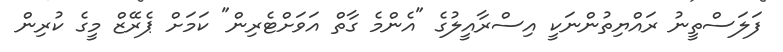
ފަލަސްތީނު ރައްޔިތުންނަކީ އިސްރާއީލުގެ "އެންމެ ގާތް އަވަށްޓެރިން" ކަމަށް ޕެރޭޒް މީގެ ކުރިން